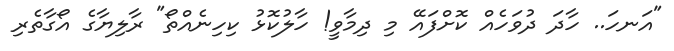
"އަނހަ.. ހާދަ ދުވަހެއް ކޮށްފައޭ މި ދިމާވީ! ހާލުކޮޅު ކިހިނެއްތޯ" ރާލިޔާގެ އޯގާތެރި